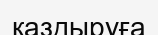
қаздыруға